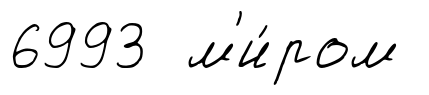
6993 м'и́ром